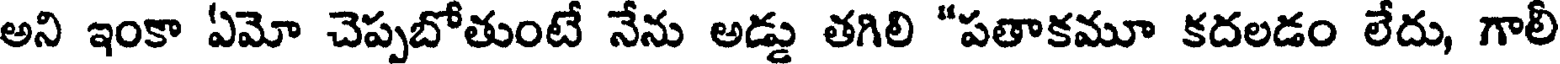
అని ఇంకా ఏమో చెప్పబోతుంటే నేను అడ్డు తగిలి "పతాకమూ కదలడం లేదు, గాలీ